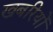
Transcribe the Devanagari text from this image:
खबरियों